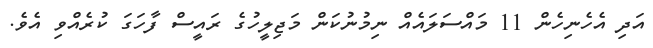
އަދި އެހެނިހެން 11 މައްސަލައެއް ނިމުނުކަން މަޖިލީހުގެ ރައީސް ފާހަގަ ކުރެއްވި އެވެ.